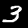
Label: 3